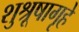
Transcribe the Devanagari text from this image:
शुश्रूषागृहे